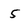
Character: 5